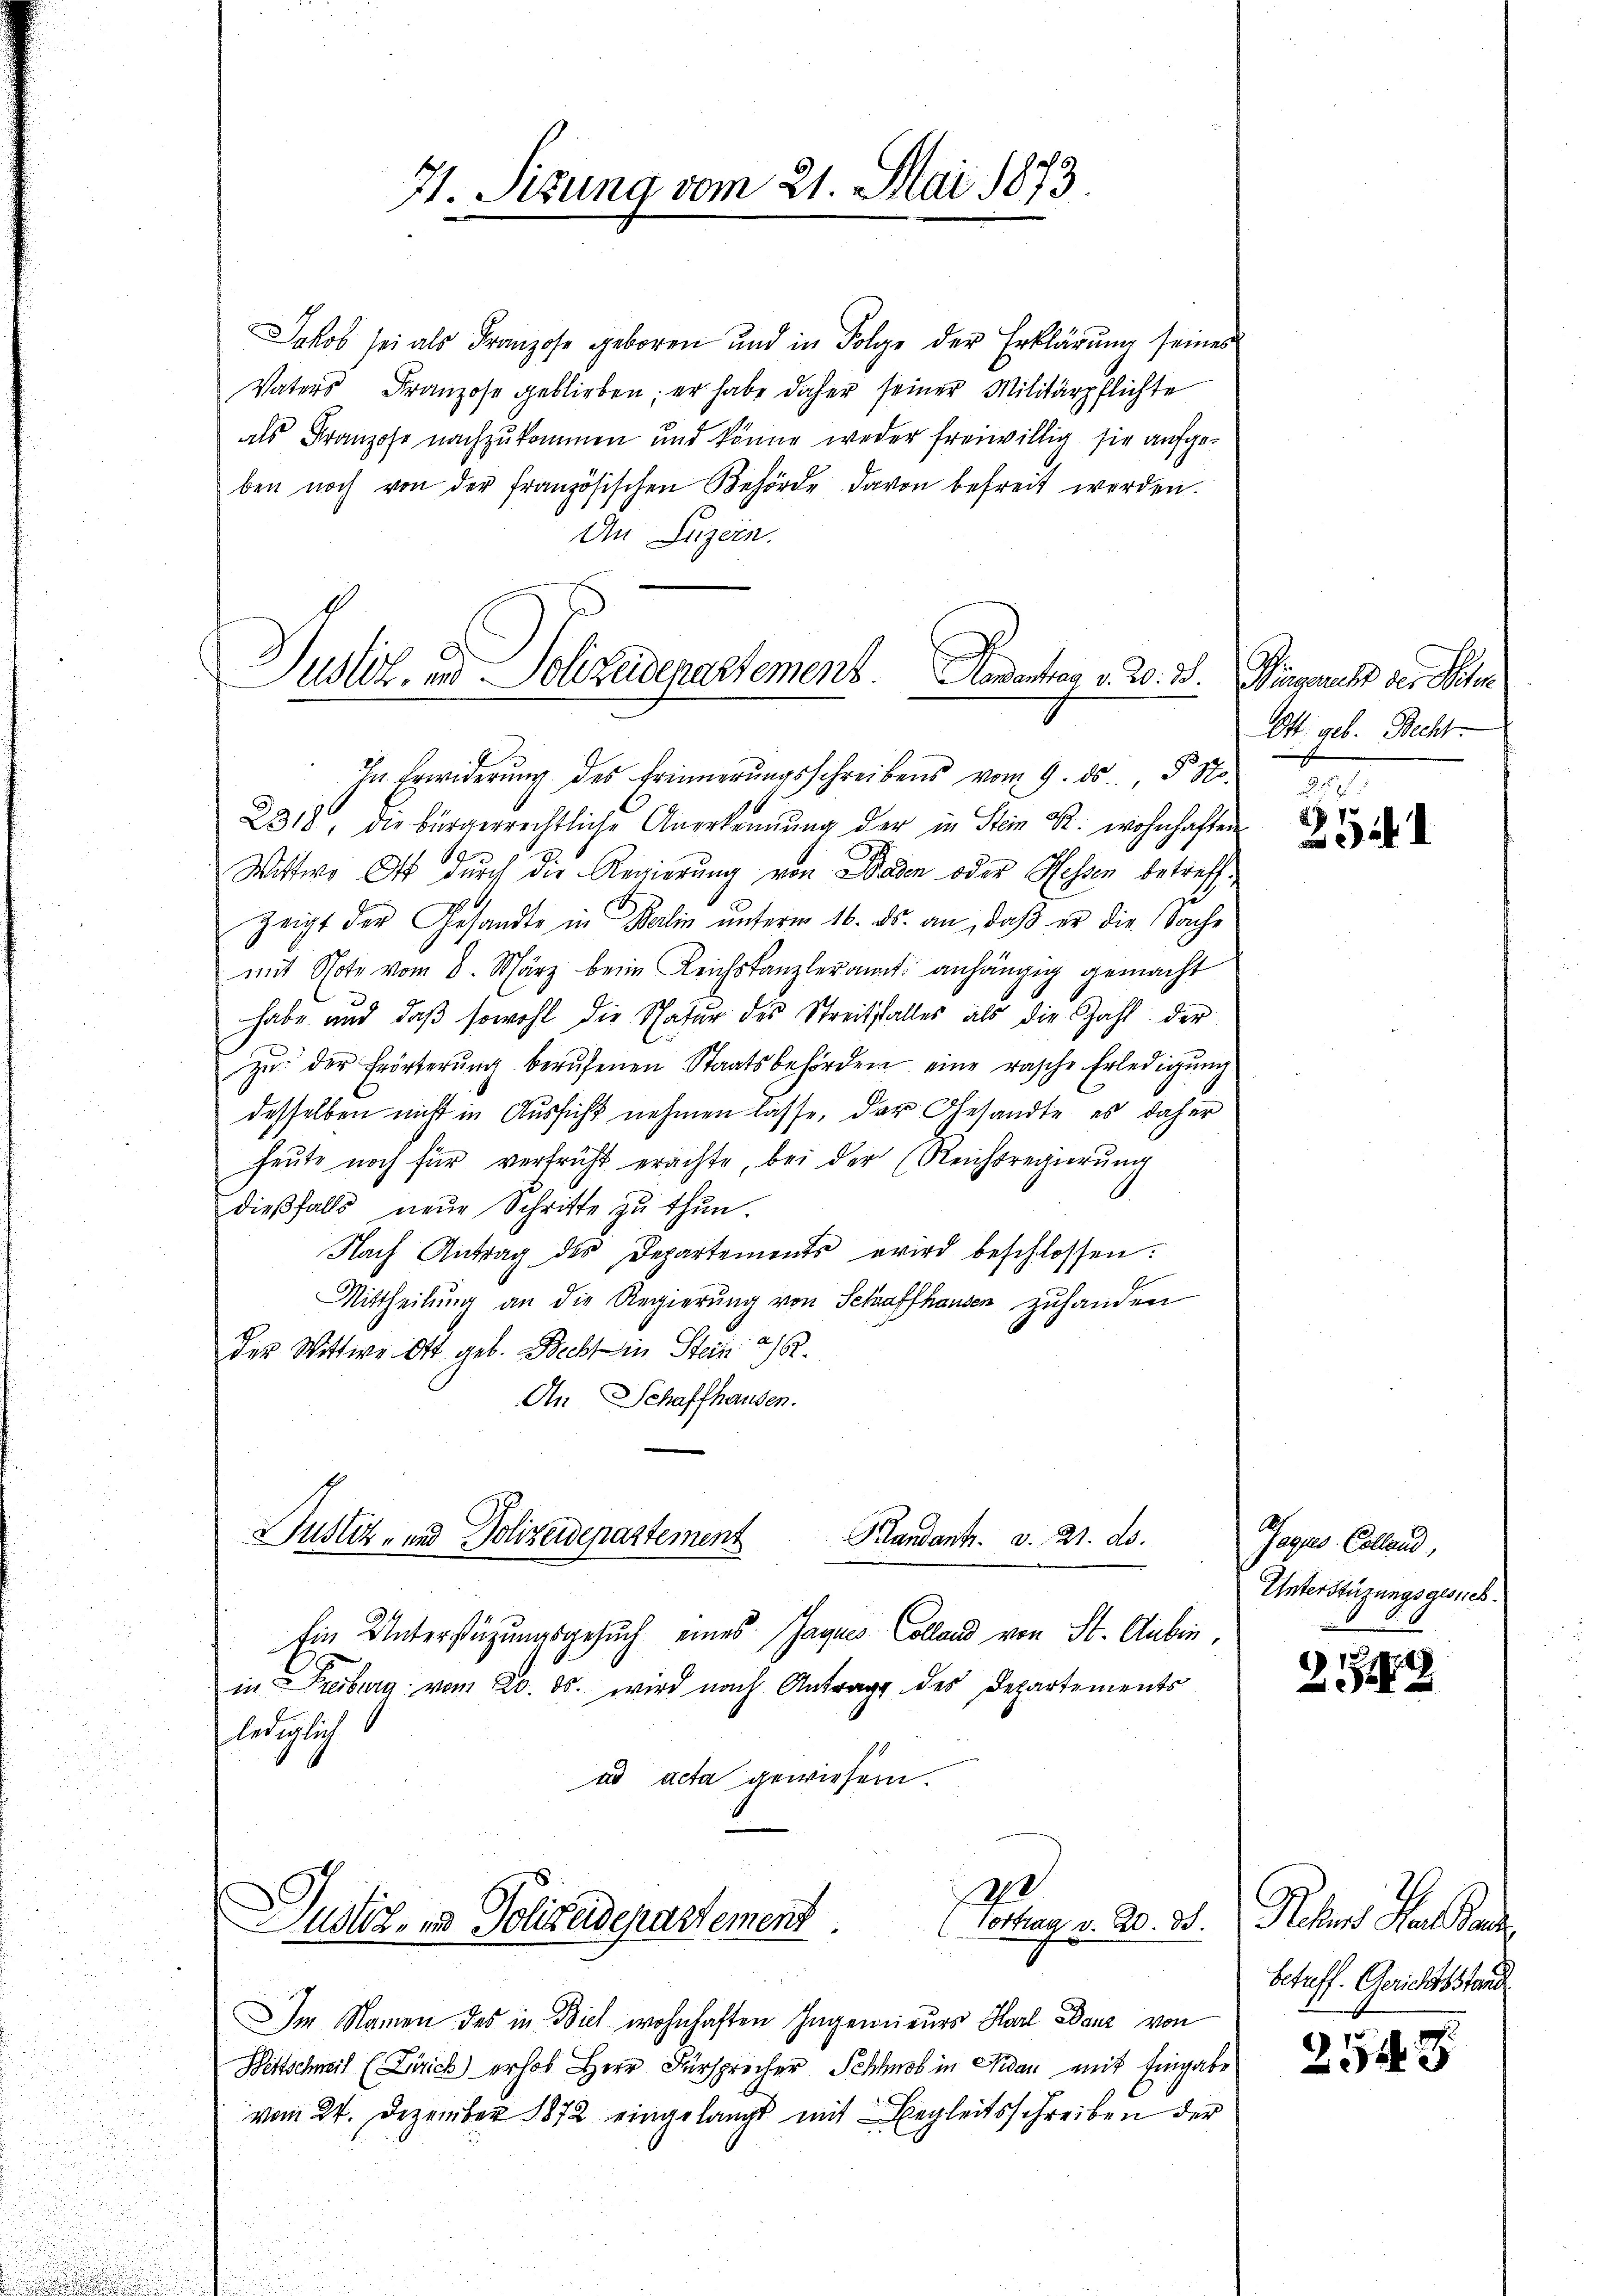
71. Sitzung vom 21. Mai 1873.

Jakob sei als Franzose geboren und in Folge der Erklärung seines
Vaters Franzose geblieben; er habe daher seiner Militärpflichte
als Franzose nachzukommen und könne weder freiwillig sie aufgeben noch von der französischen Behörde davon befreit werden.
An Luzern.

Justiz- und Polizeidepartement. Namentrag v. 20. 35. Bingerecht der Seiter
In Erwiderŭng des Erinnerŭngsschreibens vom 9. ds., § No.

16
2318, die bürgerrechtliche Anerkennung der in Stein R. wohnhaften
Wittwe O durch die Regierung von Baden oder Hessen betreffe
Zeigt der Gesandte in Berlin ŭnterm 16. ds. an, daβ er die Sache
mit Note vom 8. März beim Leichskanzleramt anhängig gemacht
habe und daβ sowohl die Natur des Streitsfalles als die Zahl der
zŭ der Erörterŭng berŭfenen Staatsbehördern eine rasche Erledigŭng
desselben nicht in Aussicht nehmen lasse, der Gesandte es daher
heute noch für verfrüht erachte, bei der Reichsregierung
dießfalls neŭe Schritte zu thun.
Nach Antrag des Departements wird beschlossen:
Mittheilung an die Regierung von Schaffhausen zuhanden
Der Wittwe Ott geb. Becht in Stein 26.
An Schaffhausen.
Justiz- und Polizeidepartement
Klandants. d. 21. ds.
Ein Unterstützungsgesuch eines Jaques Colland von St. Aubin,
in Freiburg vom 20. ds. wird nach Antrage des Departements
lediglich
ad acta gewiesen.

2
Justiz, in Polizeidepartement.
(Vortrag v. 20. 38.

Im Namen des in Biel wohnhaften Ingenieurs Karl Danz von
Bittschweil (Zürich) erhob Herr Fürsprecher Schlos in Nidau mit Eingabe
vom 24. Dezember 1872 eingelangt mit Begleitsschreiben der

Ott. geb. Becht
25

27
.

Jagus Colland
Unterstüzungsgesuch.

21

Plan den Pa
betreff. Gerichtsstand

2543